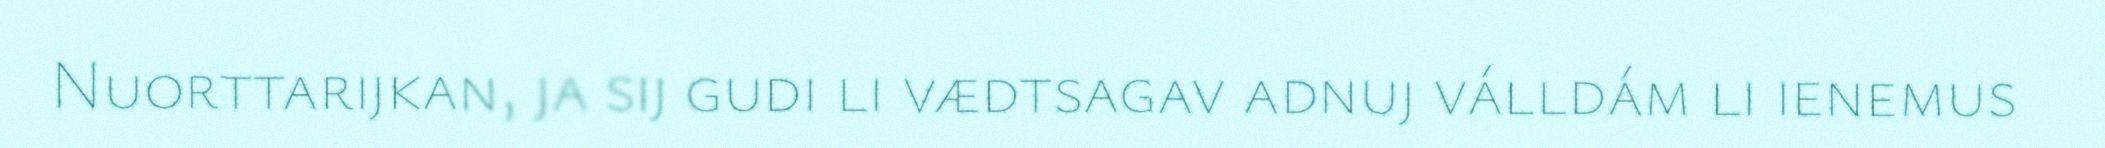
Nuorttarijkan, ja sij gudi li vædtsagav adnuj válldám li ienemus